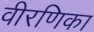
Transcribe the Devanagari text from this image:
वीरणिका